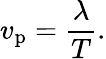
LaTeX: v_{\mathrm{p}}={\frac{\lambda}{T}}.